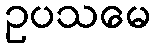
ဥပသမေ